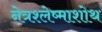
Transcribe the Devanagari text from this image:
नेत्रश्लेष्माशोथ